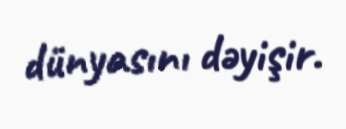
dünyasını dəyişir.